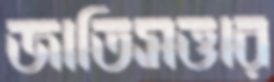
জাতিসত্তার